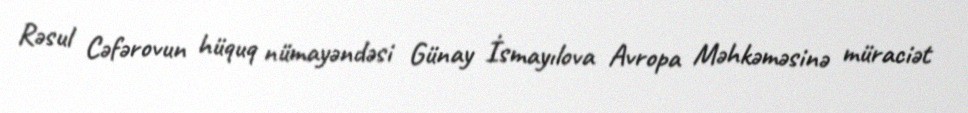
Rəsul Cəfərovun hüquq nümayəndəsi Günay İsmayılova Avropa Məhkəməsinə müraciət